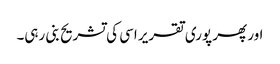
اور پھر پوری تقریر اسی کی تشریح بنی رہی۔